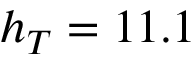
h _ { T } = 1 1 . 1